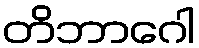
တိဘာဂေါ